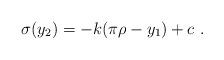
LaTeX: \begin{align*}\sigma (y_2) = - k (\pi \rho - y_1) + c ~.~\,\end{align*}